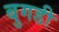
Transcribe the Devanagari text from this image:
बुगडी